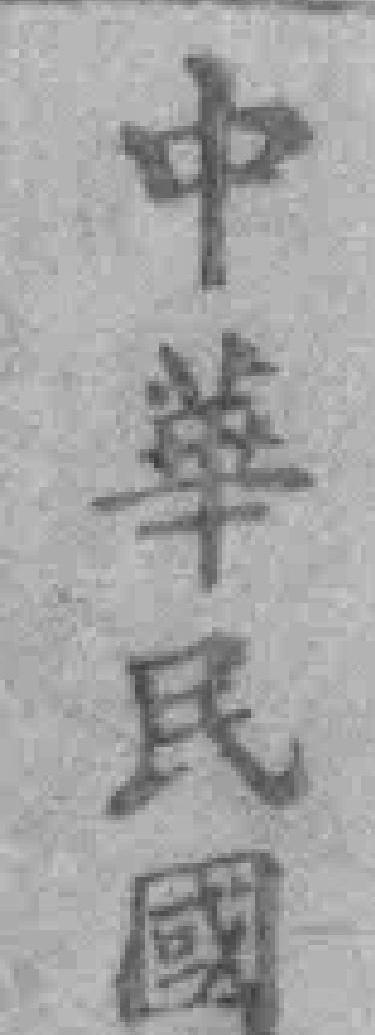
中华民國